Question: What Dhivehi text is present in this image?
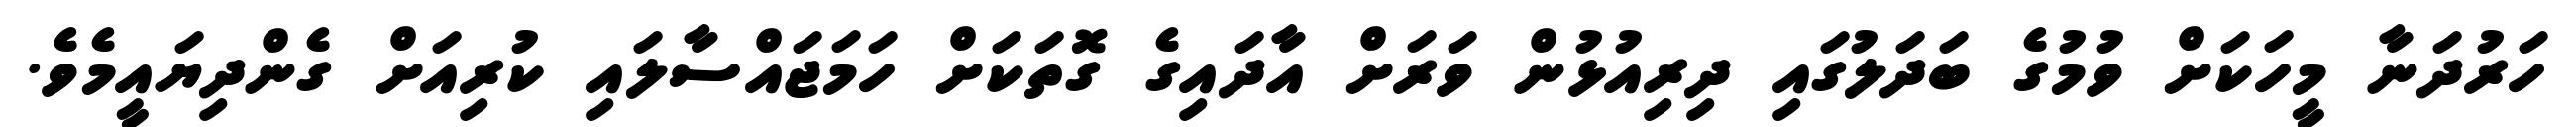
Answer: ހަރުދަނާ މީހަކަށް ވުމުގެ ބަދަލުގައި ދިރިއުޅުން ވަރަށް އާދައިގެ ގޮތަކަށް ހަމަޖައްސާލައި ކުރިއަށް ގެންދިޔައީމެވެ.